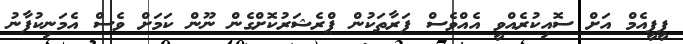
ޕީޕީއެމް އަށް ސޮއިކުރެއްވީ އެއްވެސް ފަރާތަކުން ޕްރެޝަރުކޮށްގެން ނޫން ކަމަށް ވެސް އެމަނިކުފާނު